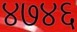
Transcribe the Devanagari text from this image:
४७४६